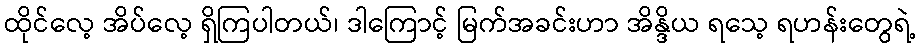
ထိုင်လေ့ အိပ်လေ့ ရှိကြပါတယ်၊ ဒါကြောင့် မြက်အခင်းဟာ အိန္ဒိယ ရသေ့ ရဟန်းတွေရဲ့